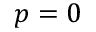
p = 0